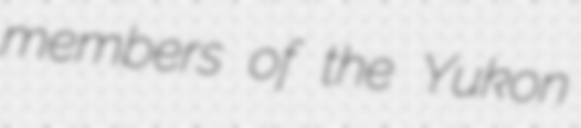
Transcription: members of the Yukon